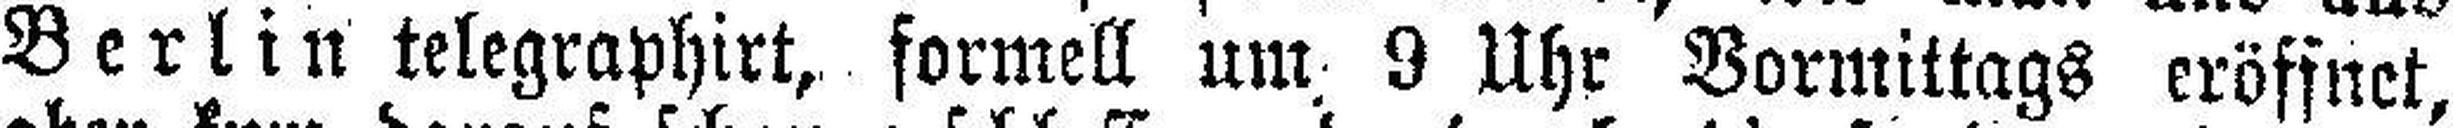
Berlin telegraphirt, formell um 9 Uhr Vormittags eröffnet,